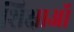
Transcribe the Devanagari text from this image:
शिक्षाऑ